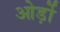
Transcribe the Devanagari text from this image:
ओर्ड़ो